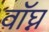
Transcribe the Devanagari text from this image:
वॉघ्न